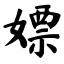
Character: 嫖